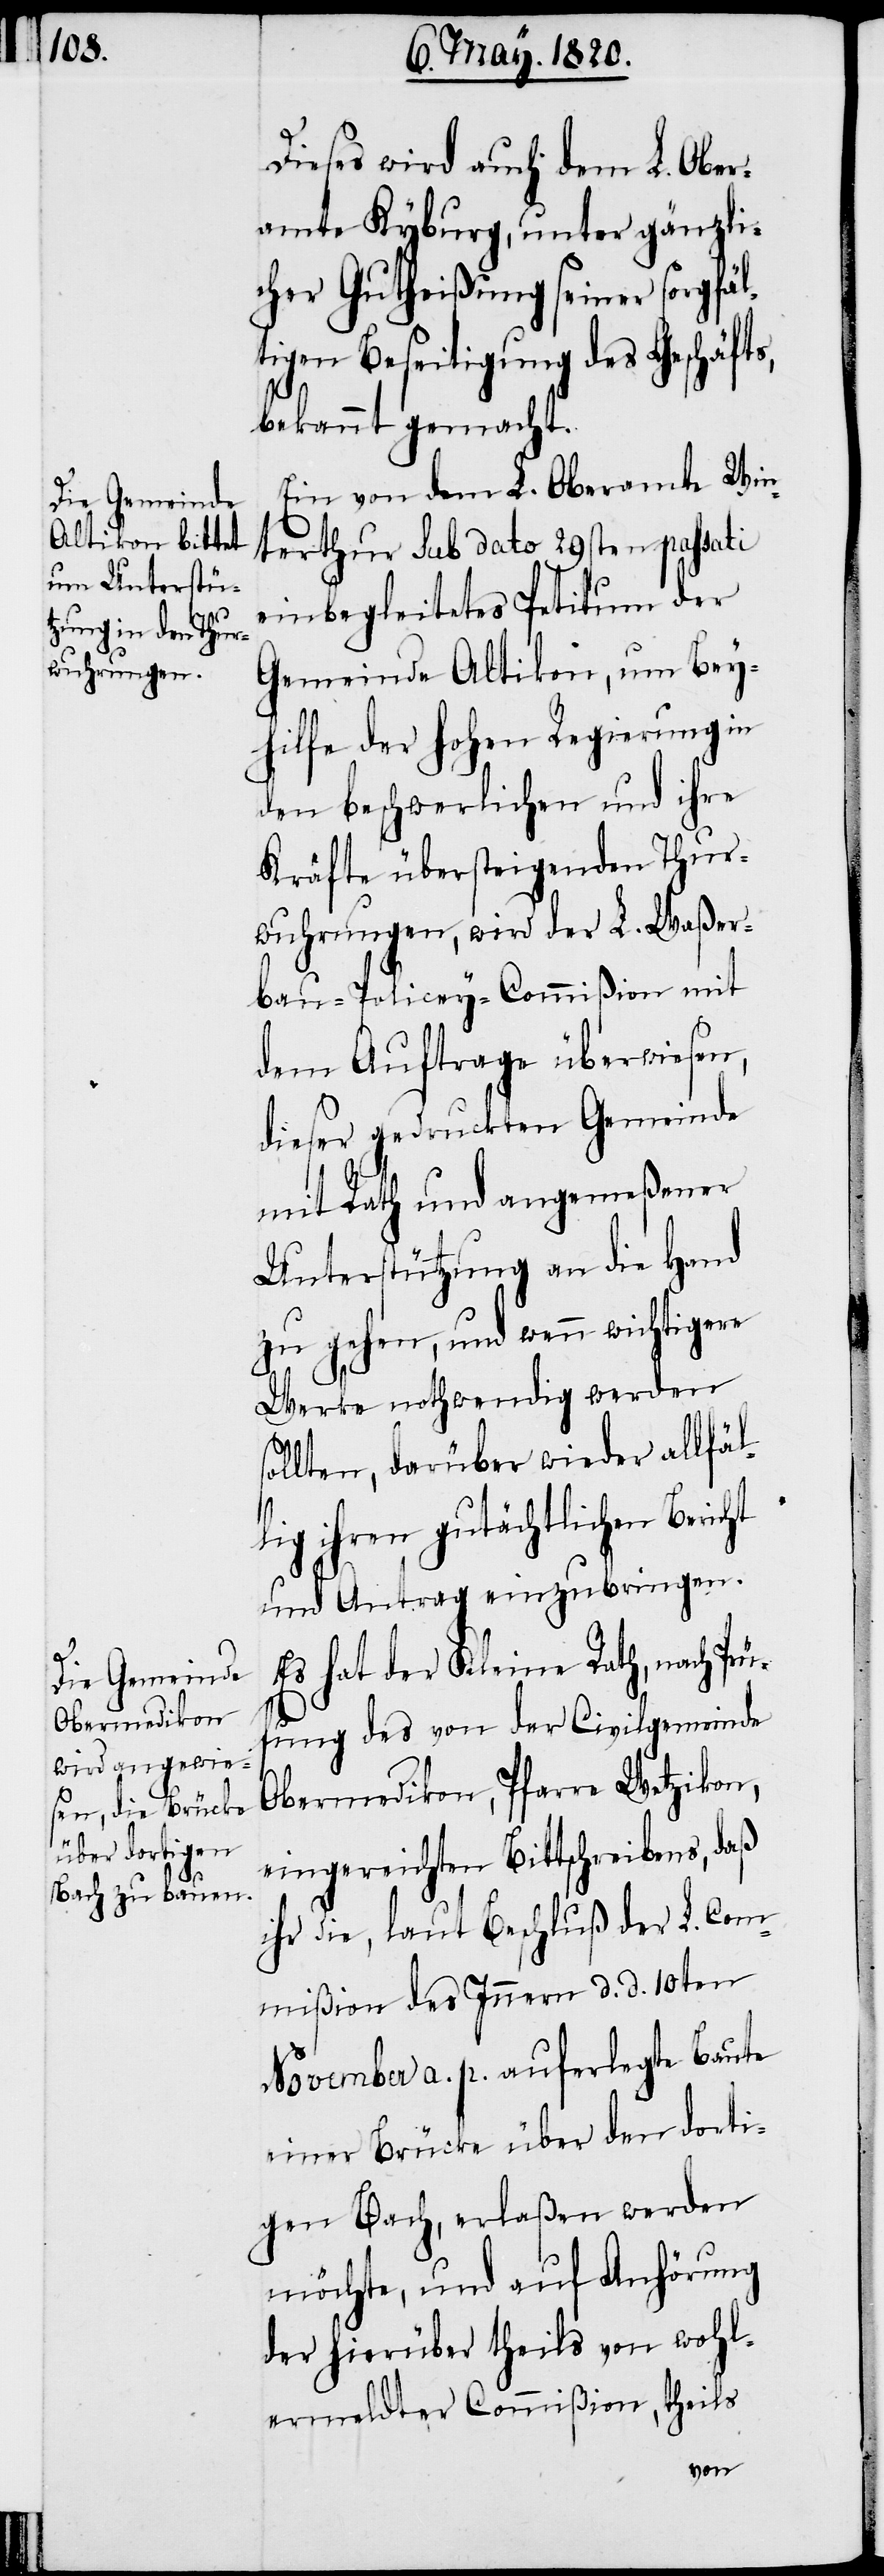
Dieses wird auch dem L. Ober¬
amte Kyburg, unter gänzli¬
cher Gutheißung seiner sorgfäl¬
tigen Beseitigung des Geschäfts,
bekannt gemacht.
Ein von dem L. Oberamte Win¬
terthur sub dato 29sten passati
einbegleitetes Petitum der
Gemeinde Altikon, um Bey¬
hilfe der Hohen Regierung in
den beschwerlichen und ihre
Kräfte übersteigenden Thur¬
wuhrungen, wird der L. Waßer¬
bau-Policey-Commißion mit
dem Auftrage überwiesen,
dieser gedruckten Gemeinde
mit Rath und angemeßener
Unterstützung an die Hand
zu gehen, und wenn wichtigere
Werke nothwendig werden
sollten, darüber wieder allfäl¬
lig ihren gutächtlichen Bericht
und Antrag einzubringen.
Es hat der Kleine Rath, nach Prü¬
fung des von der Civilgemeinde
Obermedikon, Pfarre Wetzikon,
eingereichten Bittschreibens, daß
ihr die, laut Beschluß der L. Com¬
mißion des Innern d. d. 10ten
November a. p. auferlegte Baute
einer Brücke über den dorti¬
gen Bach, erlaßen werden
möchte, und auf Anhörung
der hierüber theils von wohl¬
ermeldter Commißion, theils